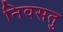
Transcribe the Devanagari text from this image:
निवसतु